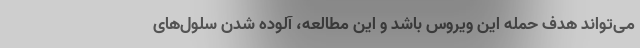
می‌تواند هدف حمله این ویروس باشد و این مطالعه، آلوده شدن سلول‌های